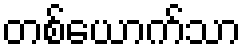
တစ်ယောက်သာ